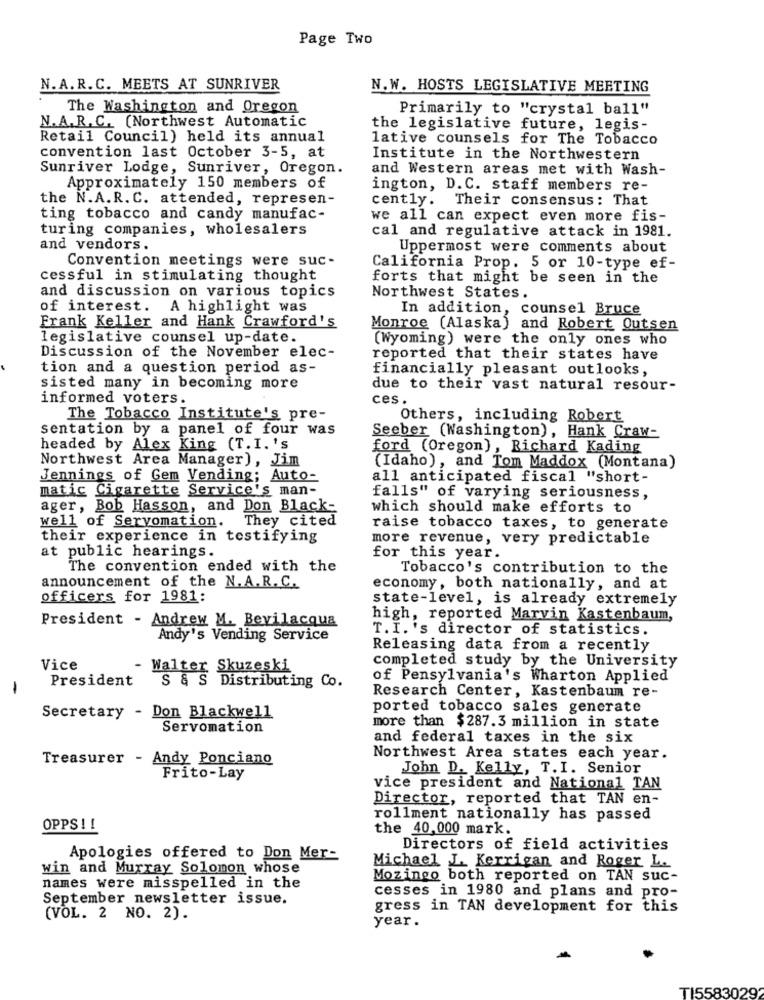
Page Two
N.A.R.C. MEETS AT SUNRIVER
N.W. HOSTS LEGISLATIVE MEETING
The Washington and Oregon
Primarily to "crystal ball"
N.A.R.C. (Northwest Automatic
the legislative future, legis-
Retail Council) held its annual
lative counsels for The Tobacco
convention last October 3-5, at
Institute in the Northwestern
Sunriver Lodge, Sunriver, Oregon.
and Western areas met with Wash-
Approximately 150 members of
ington, D. C. staff members re-
the N.A.R. C. attended, represen-
cently. Their consensus: That
ting tobacco and candy manufac-
we all can expect even more fis-
turing companies, wholesalers
cal and regulative attack in 1981.
and vendors.
Uppermost were comments about
Convention meetings were suc-
California Prop. 5 or 10-type ef-
cessful in stimulating thought
forts that might be seen in the
and discussion on various topics
Northwest States.
of interest. A highlight was
In addition, counsel Bruce
Frank Keller and Hank Crawford's
Monroe (Alaska) and Robert Outsen
legislative counsel up-date.
(Wyoming) were the only ones who
Discussion of the November elec-
reported that their states have
tion and a question period as-
financially pleasant outlooks,
sisted many in becoming more
due to their vast natural resour-
informed voters.
ces
The Tobacco Institute's pre-
Others, including Robert
sentation by a panel of four was
Seeber (Washington), Hank Craw-
headed by Alex King (T.I.'s
ford (Oregon), Richard Kading
Northwest Area Manager), Jim
(Idaho), and Tom Maddox (Montana)
Jennings of Gem Vending; Auto-
all anticipated fiscal "short-
matic Cigarette Service's man-
falls" of varying seriousness,
ager, Bob Hasson, and Don Black-
which should make efforts to
They cited
well of Servomation.
raise tobacco taxes, to generate
their experience in testifying
more revenue, very predictable
at public hearings.
for this year.
The convention ended with the
Tobacco's contribution to the
announcement of the N. A.R. C.
economy, both nationally, and at
officers for 1981:
state-level, is already extremely
President - Andrew M. Bevilacqua
high, reported Marvin Kastenbaum,
T.I. 's director of statistics.
Andy's Vending Service
Releasing data from a recently
completed study by the University
Vice
- Walter Skuzeski
President
S & S Distributing Co.
of Pensylvania's Wharton Applied
Research Center, Kastenbaum re-
ported tobacco sales gencrate
Secretary - Don Blackwell
Servomation
more than $287.3 million in state
and federal taxes in the six
Treasurer - Andy Ponciano
Northwest Area states each year.
John D. Kelly, T.I. Senior
Frito-Lay
vice president and National TAN
Director, reported that TAN en-
rollment nationally has passed
OPPS ! !
the 40,000 mark.
Directors of field activities
Apologies offered to Don Mer-
win and Murray Solomon whose
Michael J .. Kerrigan and Roger L.
Mozingo both reported on TAN suc-
names were misspelled in the
cesses in 1980 and plans and pro-
September newsletter issue.
gress in TAN development for this
(VOL. 2 NO. 2).
year.
TI5583029